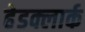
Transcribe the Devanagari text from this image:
हेडक्लार्क